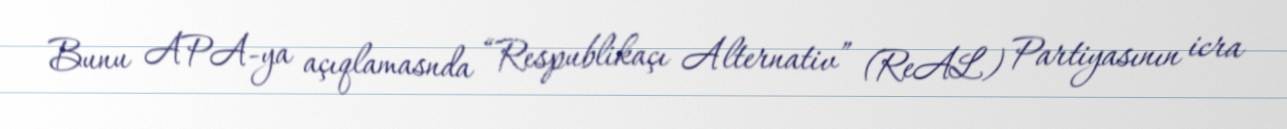
Bunu APA-ya açıqlamasnda “Respublikaçı Alternativ” (ReAL) Partiyasının icra